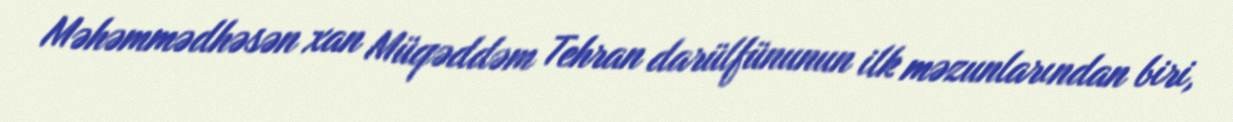
Məhəmmədhəsən xan Müqəddəm Tehran darülfünunun ilk məzunlarından biri,